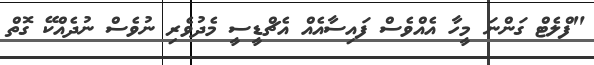
"ފްލެޓް ގަންނަ މީހާ އެއްވެސް ފައިސާއެއް އެޗްޑީސީ މެދުވެރި ނުވެސް ނުދެއްކޭ ގޮތް